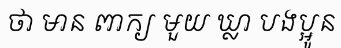
ថា មាន ពាក្យ មួយ ឃ្លា បងប្អូន